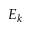
E _ { k }